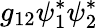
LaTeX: g_{12}\psi_{1}^{*}\psi_{2}^{*}